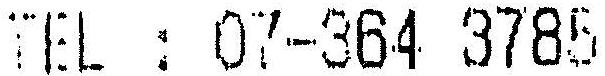
TEL : 07-364 3785